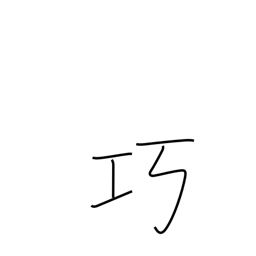
Meaning: adroit